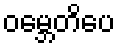
ဝမ္ဘေတိပေ